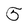
Character: 5